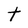
Character: t